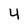
Character: 4